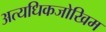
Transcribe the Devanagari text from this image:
अत्यधिकजोखिम